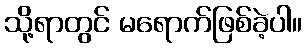
သို့ရာတွင် မရောက်ဖြစ်ခဲ့ပါ။